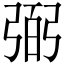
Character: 弼